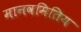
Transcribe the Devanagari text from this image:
मानवमितिय